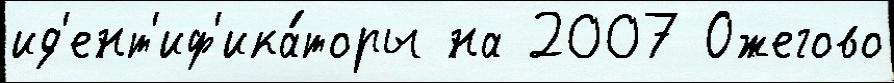
ид'ент'иф'ика́торы на 2007 Ожегово